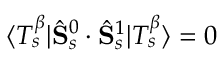
\langle T _ { s } ^ { \beta } | \hat { \mathbf { S } } _ { s } ^ { 0 } \cdot \hat { \mathbf { S } } _ { s } ^ { 1 } | T _ { s } ^ { \beta } \rangle = 0